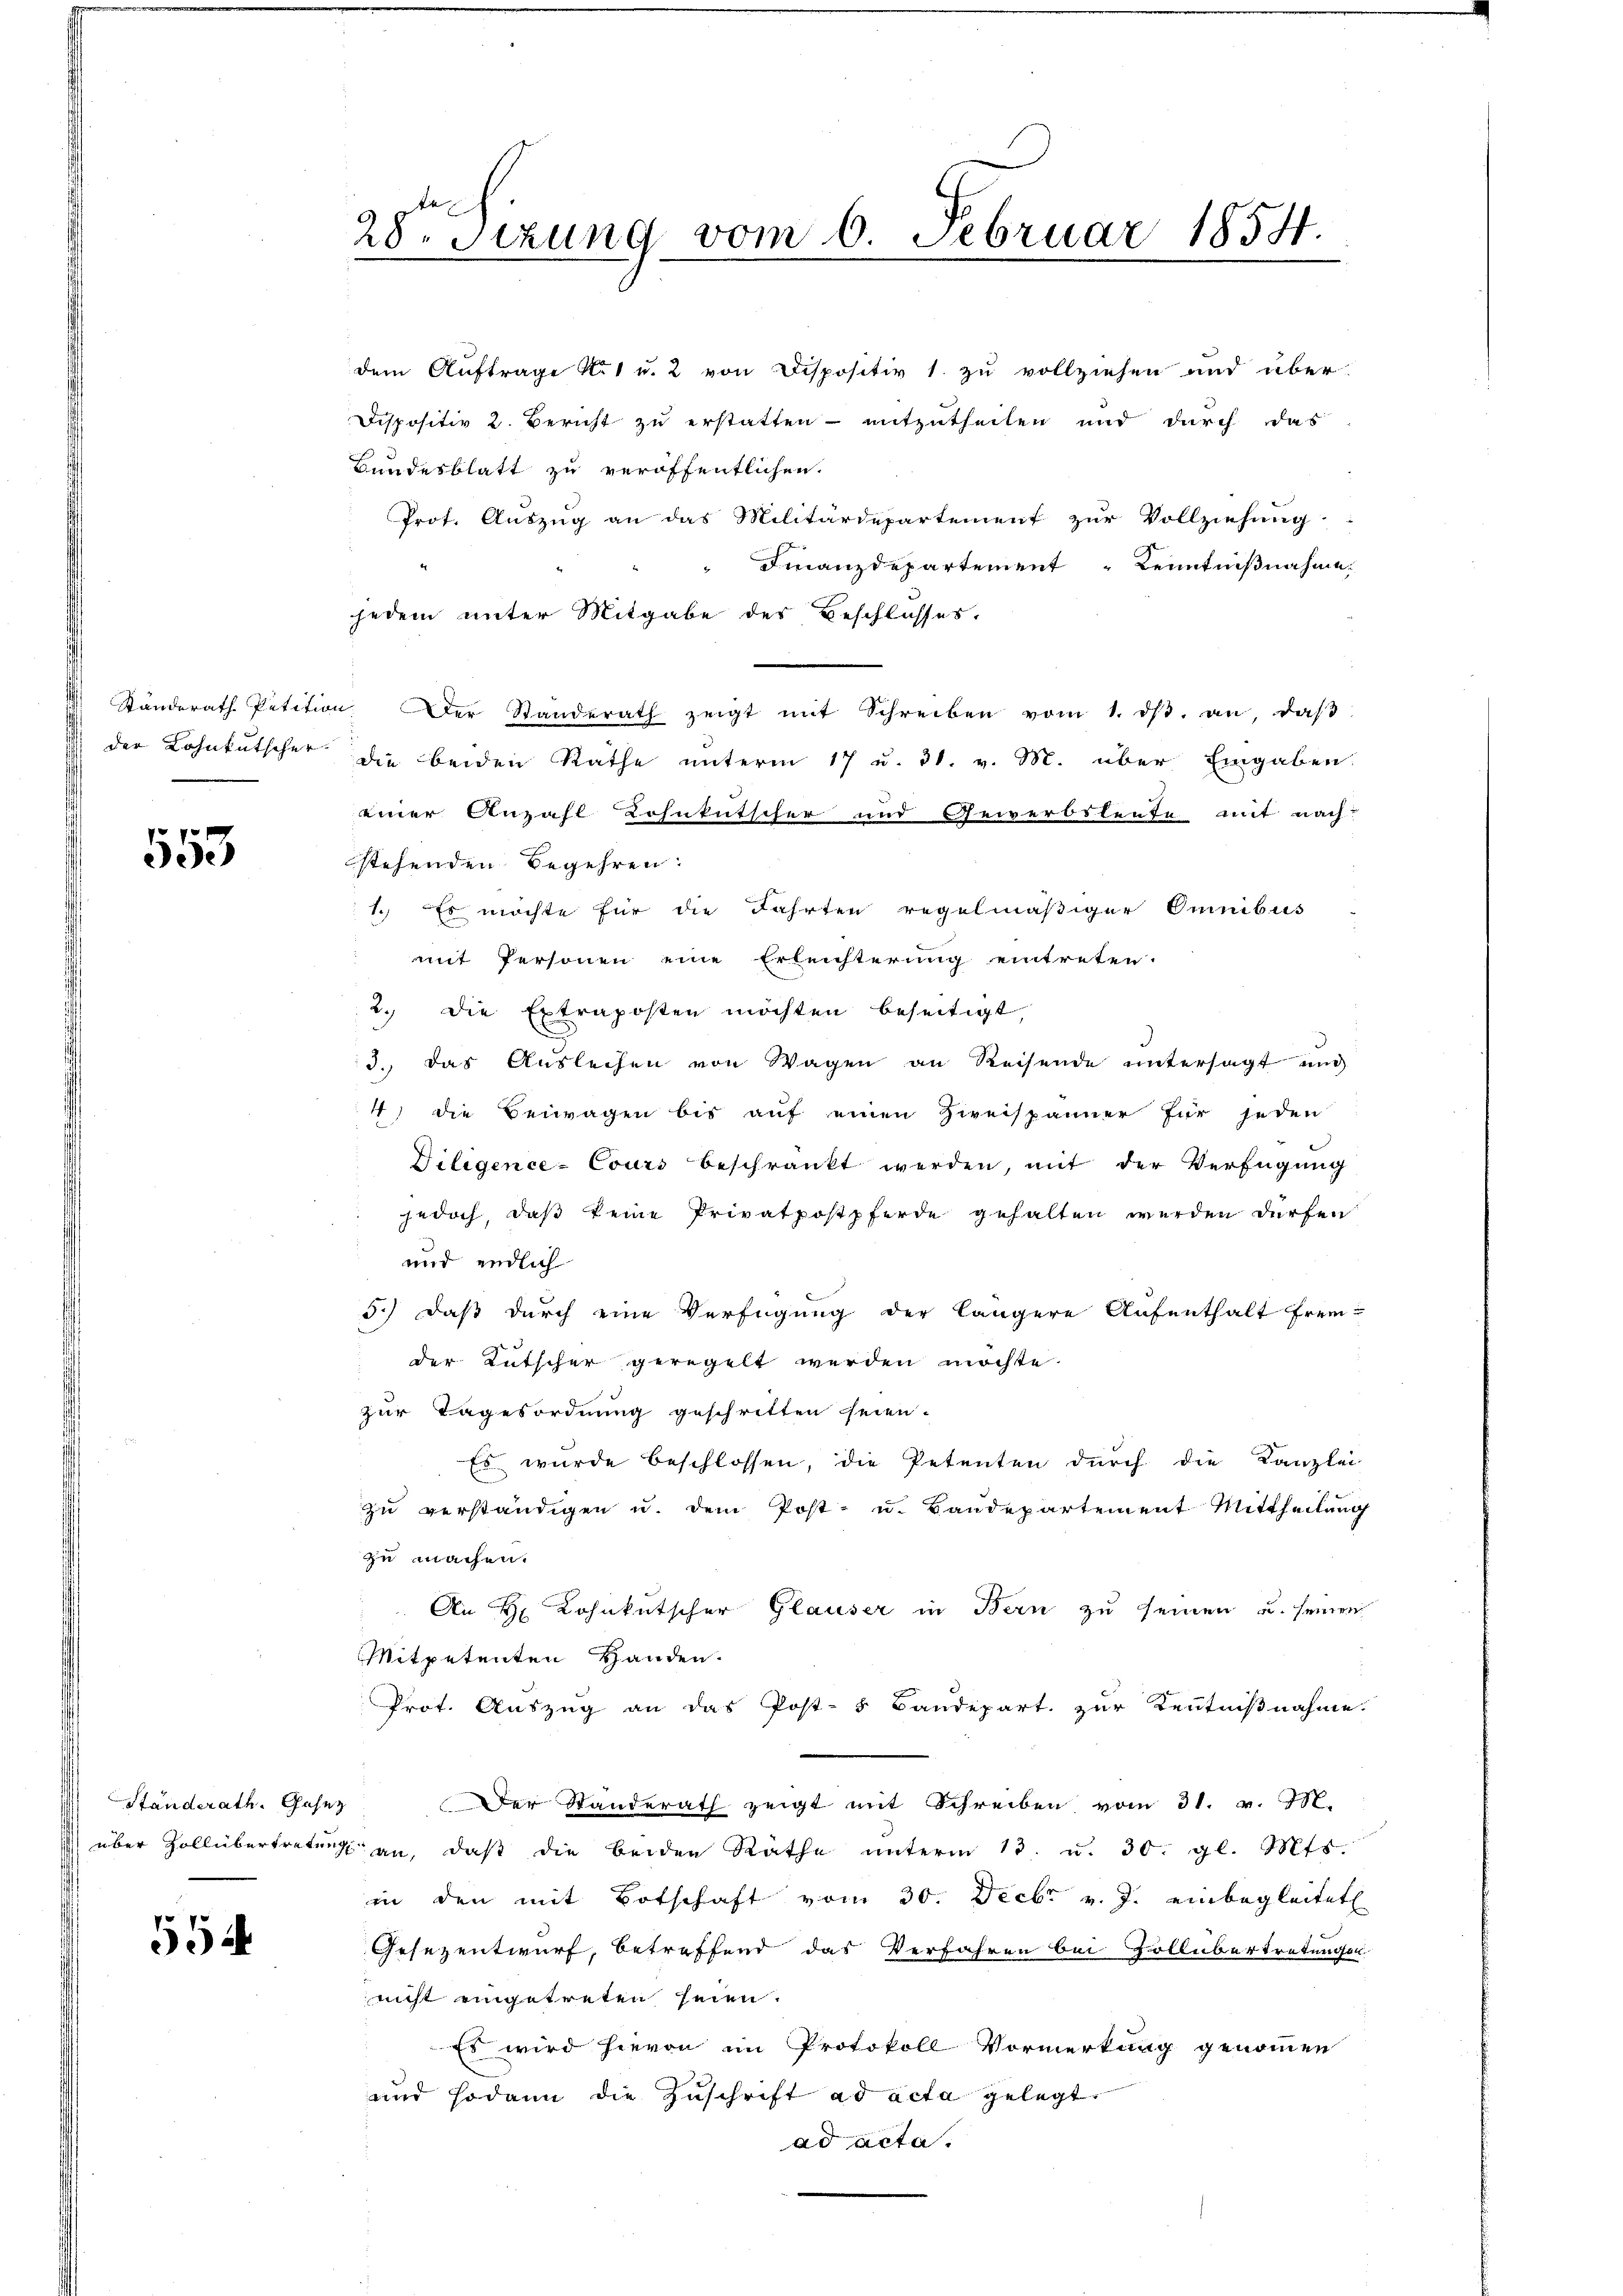
Standerath Petition
I der Lohnkutscher.

553

554

28. Sezung vom 6. Februar 1854.

Dispositiv 2. Bericht zu erstatten - mitzutheilen und durch das
Bundesblatt zu veröffentlichen.
Prot. Auszug an das Militärdepartement zur Vollziehung
Finanzdepartement Kenntnißnahme,
jedem unter Mitgabe der Beschlusses,
 Der Standerath zeigt mit Schreiben vom 1. dβ. an, daβ
die beiden Rathe unterm 17 u. 31. v. M. über Eingaben.
einer Anzahl Lohnkutscher und Gewerbsleute mit nach
stehenden Begehren:
1. Es möchte für die Fahrten regelmäßiger Omnibus
mit Personen eine Erleichterung eintreten.
2. die Extraposten möchten beseitigt,
3. das Aŭsleihen von Wagen an Reisende ŭntersagt und
4) die Beiwagen bis auf einen Zweispänner für jeden
Diligence-Cours beschränkt werden, mit der Verfügung
jedoch, daß keine Privatpostpferde gehalten werden dürfen
mir endlich
5.) Daß durch eine Verfügung der längere Aufenthalt frem-
der Kutscher geregelt werden möchte.
zur Tagesordnung geschritten seien.
Es wurde beschlossen, die Petenten durch die Kanzlei-
zŭ verständigen u. dem Post- u. Bandepartement Mittheilung
zu machen.
An H. Lohnkutscher Glauser in Bern zu seinen u. seinen
Mitpetenten Handen.
Prot. Auszug an das Post-5 Baudepart zur Kenntnißnahme.
Ständerath. Gesez der Standerath zeigt mit Schreiben vom 31. v. M.
über Zollübertretung an, daß die beiden Räthe unterm 13. u. 30. gl. Mts.
in den mit Botschaft vom 30. Decbr v. J. einbegleitet
Gesezentwurf, betreffend das Verfahren bei Zollübertretungen
nicht eingetreten seien.
Es wird hievon im Protokoll Vormerkung genommen
und sodann die Zuschrift ad acta gelegt,
ad acta.

dem Auftrage Nr. 1 u. 2 von Dispositiv 1. zu vollziehen und über-